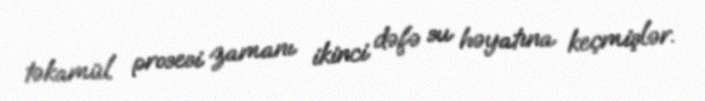
təkamül prosesi zamanı ikinci dəfə su həyatına keçmişlər.